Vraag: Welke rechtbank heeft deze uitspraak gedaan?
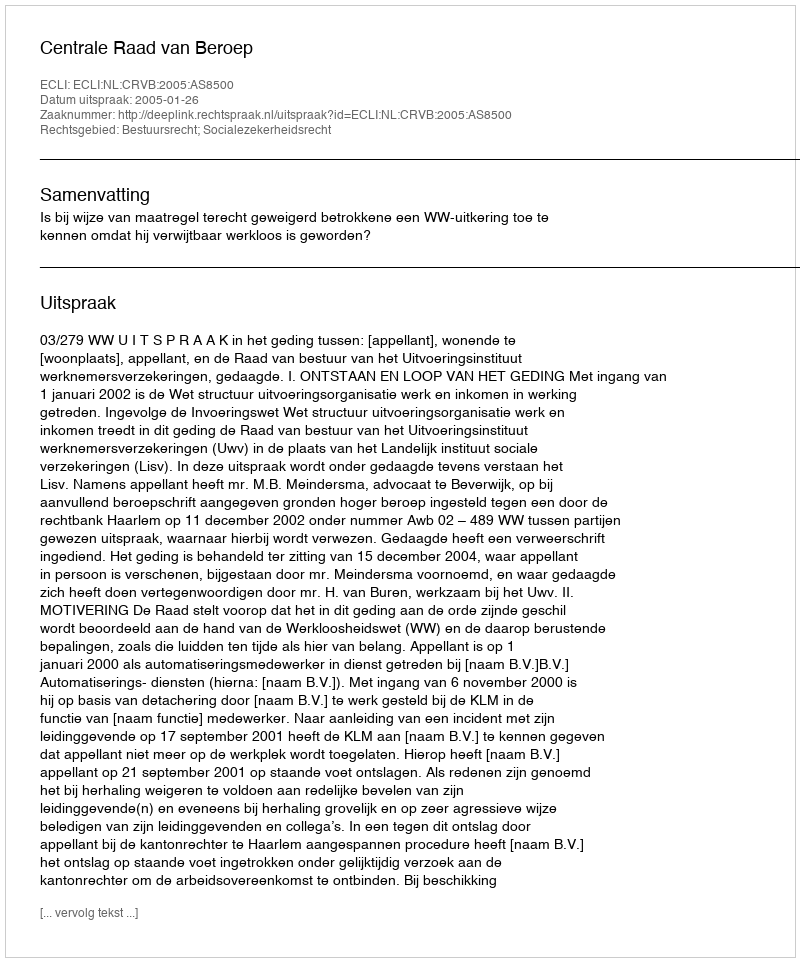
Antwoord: Centrale Raad van Beroep